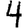
Digit: 4